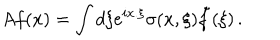
LaTeX: A f ( x ) = \int d \xi e ^ { i x . \xi } \sigma ( x , \xi ) \tilde { f } ( \xi ) \, .